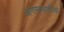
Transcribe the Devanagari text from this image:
अगस्त्यातीर्थ